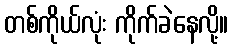
တစ်ကိုယ်လုံး ကိုက်ခဲနေလို့။